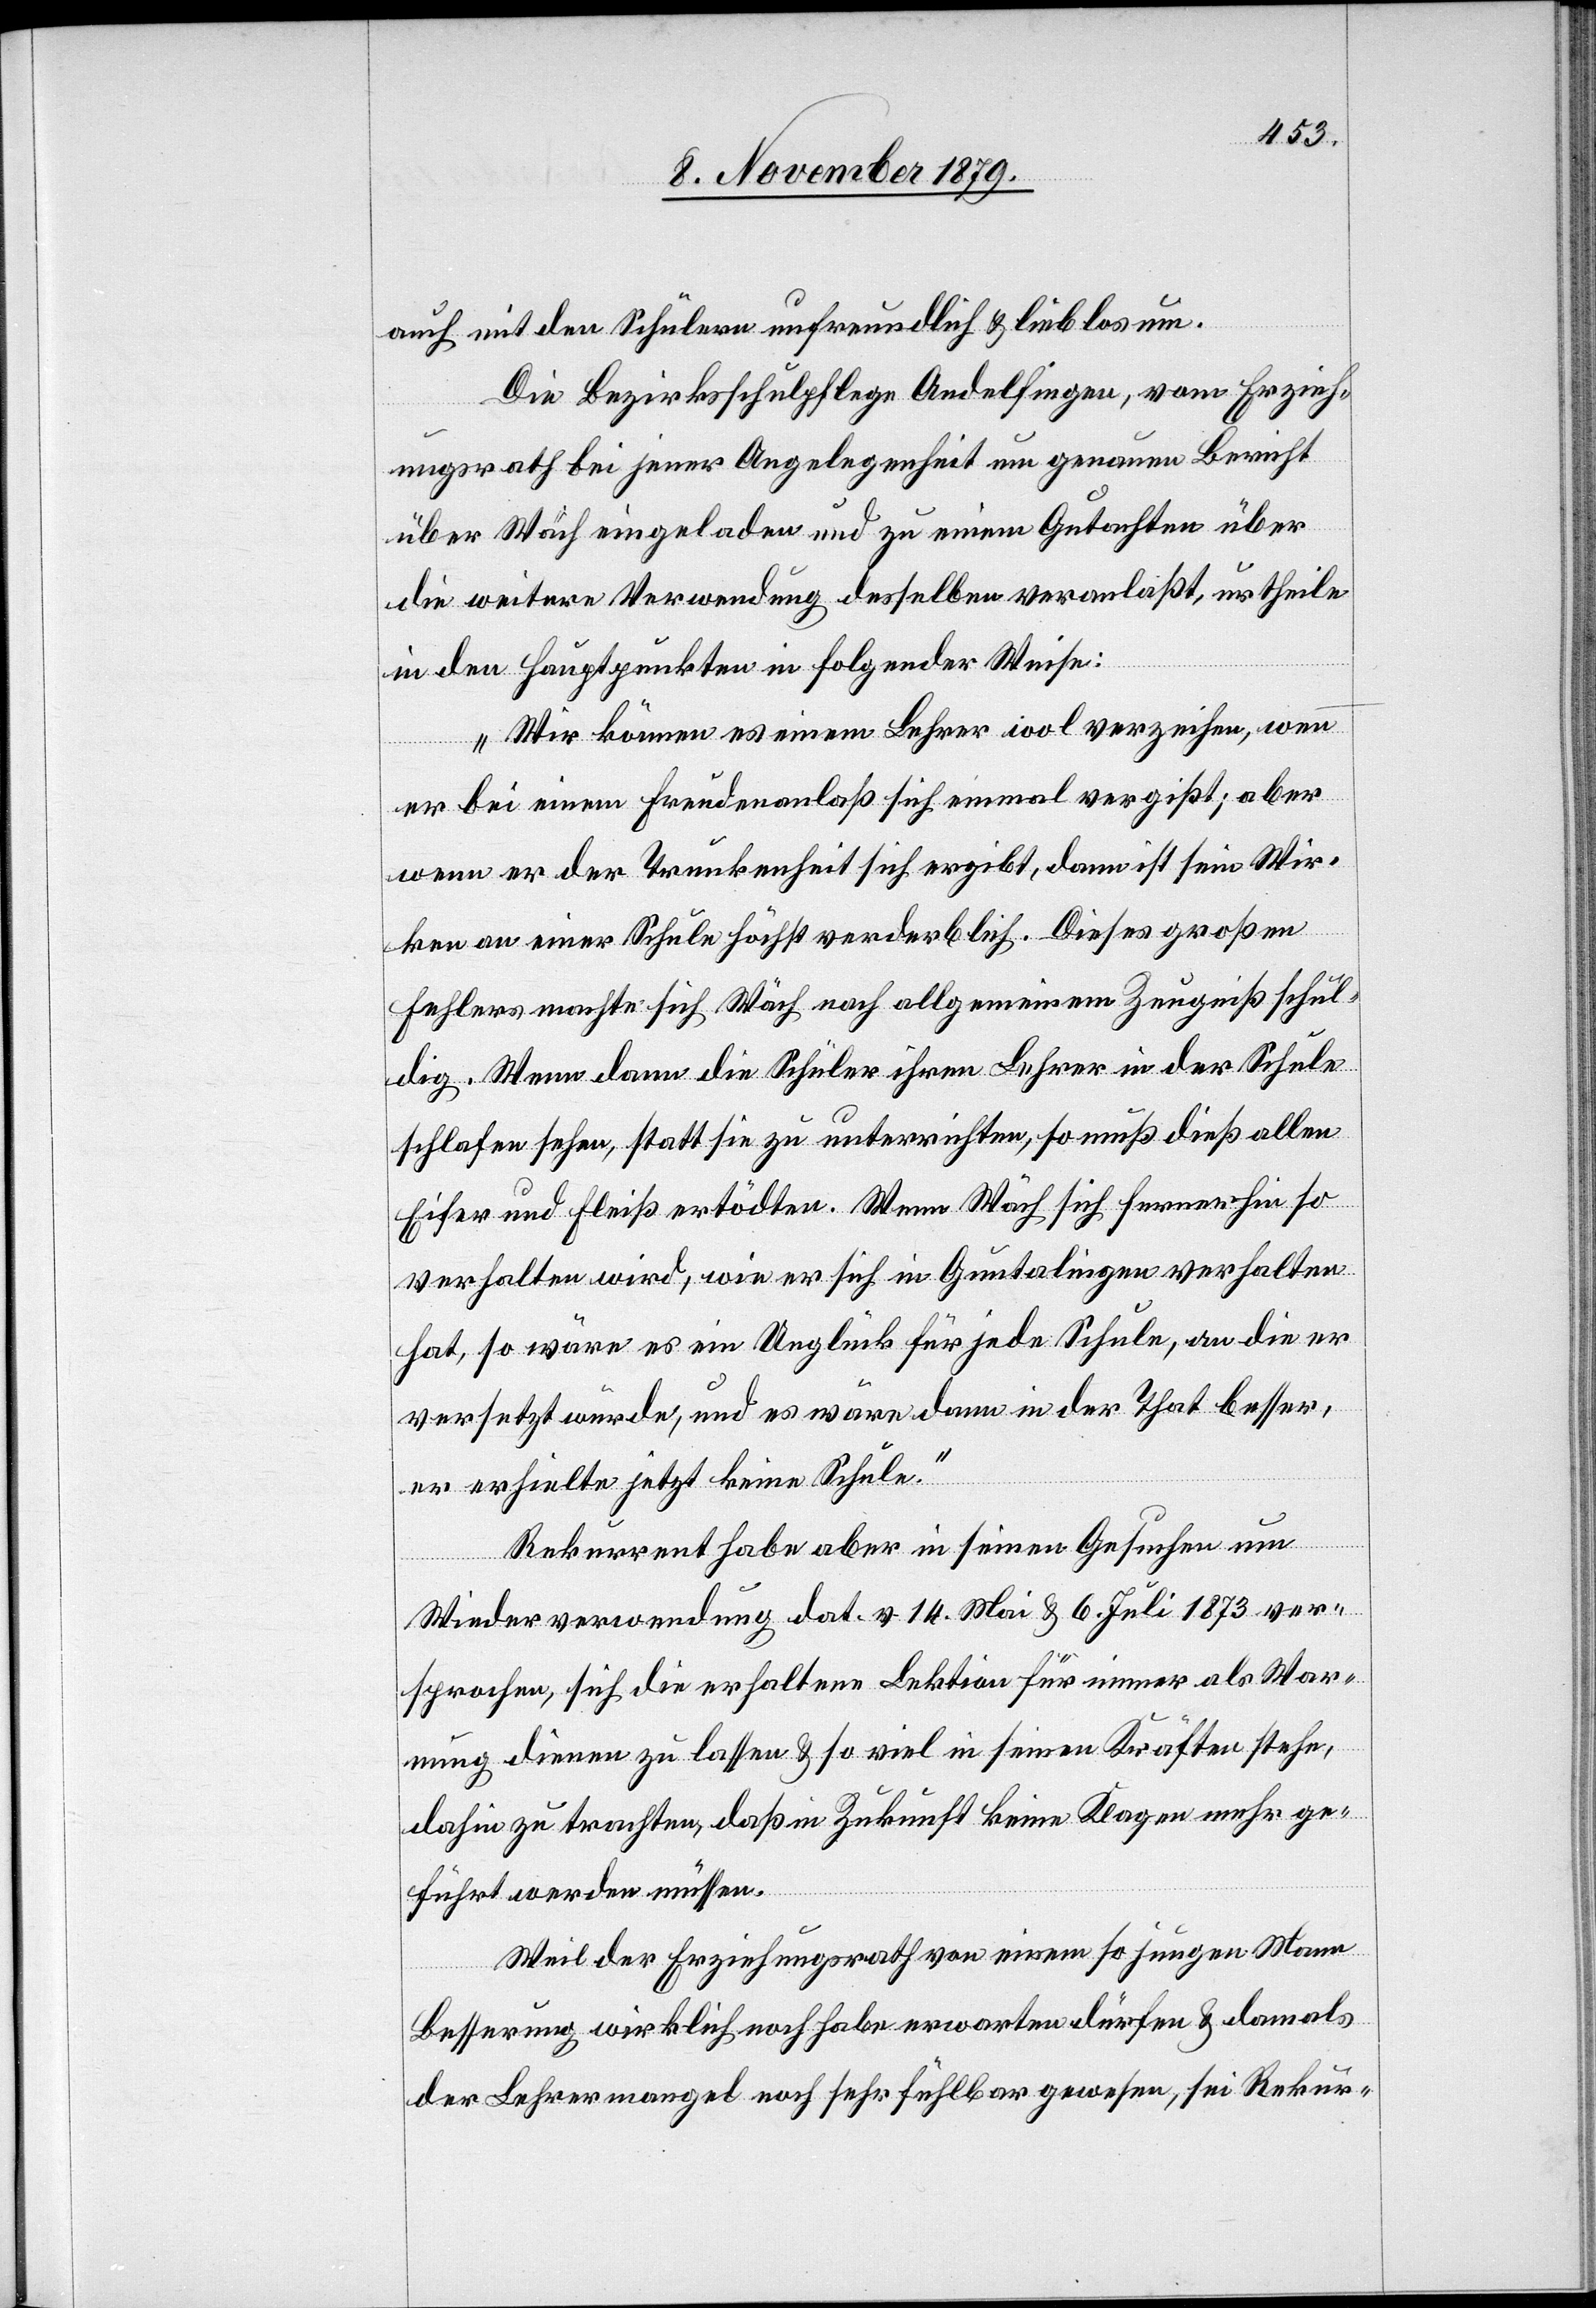
auch mit den Schülern unfreundlich & lieblos um.
Die Bezirksschulpflege Andelfingen, vom Erzieh¬
ungsrath bei jener Angelegenheit um genauen Bericht
über Wäch eingeladen und zu einem Gutachten über
die weitere Verwendung desselben veranlaßt, urtheilte
in den Hauptpunkten in folgender Weise:
„Wir können es einem Lehrer wol verzeihen, wenn
er bei einem Freudenanlaß sich einmal vergißt; aber
wenn er der Trunkenheit sich ergibt, dann ist sein Wir¬
ken an einer Schule höchst verderblich. Dieses großen
Fehlers machte sich Wäch nach allgemeinem Zeugniß schul¬
dig. Wenn dann die Schüler ihren Lehrer in der Schule
schlafen sehen, statt sie zu unterrichten, so muß dieß allen
Eifer und Fleiß ertödten. Wenn Wäch sich fernerhin so
verhalten wird, wie er sich in Guntalingen verhalten
hat, so wäre es ein Unglück für jede Schule, an die er
versetzt würde, und es wäre dann in der That besser
er erhielte jetzt keine Schule.“
Rekurrent habe aber in seinen Gesuchen um
Wiederverwendung dat. v. 14. Mai & 6. Juli 1873 ver¬
sprochen, sich die erhaltene Lektion für immer als War¬
nung dienen zu lassen & so viel in seinen Kräften stehe,
dahin zu trachten, das in Zukunft keine Klagen mehr ge¬
hört werden müssen.
Weil der Erziehungsrath von einem so jungen Mann
Besserung wirklich noch habe erwarten dürfen & damals
der Lehrermangel noch sehr fühlbar gewesen, sei Rekur-